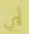
أي